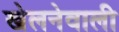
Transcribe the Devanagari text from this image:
खेलनेवाली